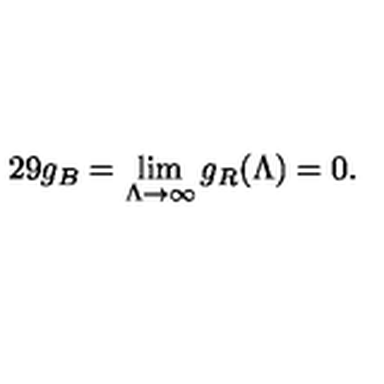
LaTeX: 2 9 g _ { B } = \lim _ { \Lambda \rightarrow \infty } g _ { R } ( \Lambda ) = 0 .